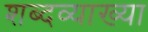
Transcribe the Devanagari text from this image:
शब्दव्याख्या